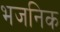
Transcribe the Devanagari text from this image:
भजनिक